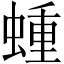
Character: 蝩